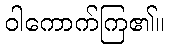
ဝါကောက်ကြ၏။